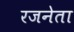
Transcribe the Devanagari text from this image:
रजनेता